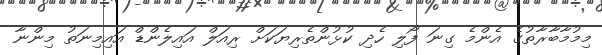
މިމުމާބާރާތުގެ އެންމެ ގިނަ ފޯލި ހެދި ކުޅުންތެރިޔަކަށް ރިއަލް އައިލެންޑް އައިމިނަތު މިންނާ